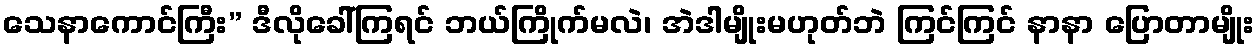
သေနာကောင်ကြီး” ဒီလိုခေါ်ကြရင် ဘယ်ကြိုက်မလဲ၊ အဲဒါမျိုးမဟုတ်ဘဲ ကြင်ကြင် နာနာ ပြောတာမျိုး